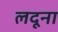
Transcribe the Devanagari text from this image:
लदूना